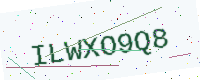
Text: ILWXO9Q8